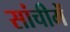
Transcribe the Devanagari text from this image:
सांचीमें